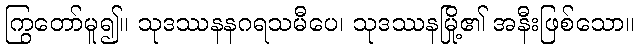
ကြွတော်မူ၍။ သုဒဿနနဂရသမီပေ၊ သုဒဿနမြို့၏ အနီးဖြစ်သော။